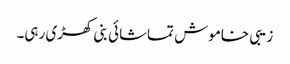
زیبی خاموش تماشائی بنی کھڑی رہی۔